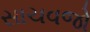
સાચવજો